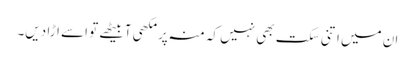
ان میں اتنی سکت بھی نہیں کہ منہ پر مکھی آبیٹھے تو اسے اڑا دیں۔